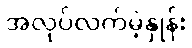
အလုပ်လက်မဲ့နှုန်း